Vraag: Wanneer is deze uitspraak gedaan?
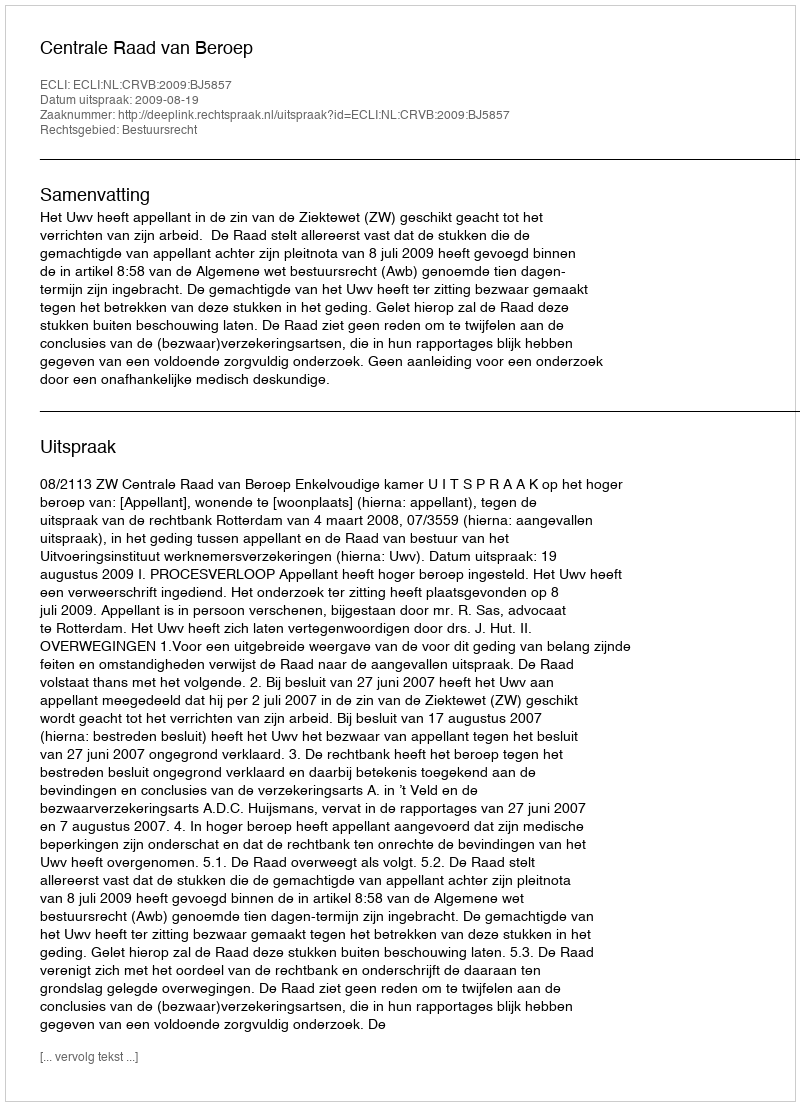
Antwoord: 2009-08-19